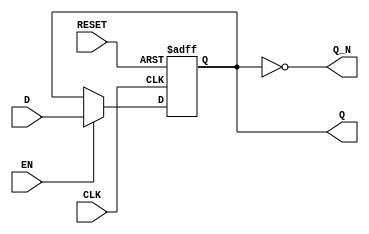
module gated_latch (
    input wire D,        // Data input
    input wire CLK,      // Clock input
    input wire EN,       // Enable input
    input wire RESET,    // Reset input
    output reg Q,        // Output representing the stored value
    output wire Q_N      // Complement of the output
);

    // Complement of the output
    assign Q_N = ~Q;

    // Sequential logic block
    always @(posedge CLK or posedge RESET) begin
        if (RESET) begin
            Q <= 1'b0; // Reset condition, set Q to 0
        end else if (EN) begin
            Q <= D;    // On rising edge of CLK, update Q if EN is high
        end
        // If EN is low, Q retains its previous state
    end

endmodule